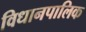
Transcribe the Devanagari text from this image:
विधानपालिक